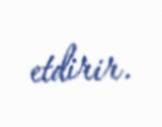
etdirir.